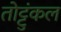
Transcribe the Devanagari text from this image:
तोट्टुंकल